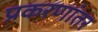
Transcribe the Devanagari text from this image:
प्रकरणांतर